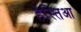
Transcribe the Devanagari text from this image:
हेस्तिआ